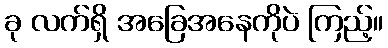
ခု လက်ရှိ အခြေအနေကိုပဲ ကြည့်။